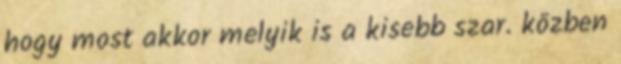
hogy most akkor melyik is a kisebb szar. közben